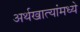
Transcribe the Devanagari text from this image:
अर्थखात्यांमध्ये